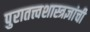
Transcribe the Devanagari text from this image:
पुरातत्त्वशास्त्रज्ञांची